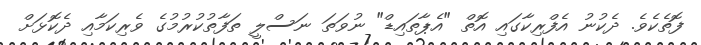
ފޮތެކެވެ. ދެކުނު އެފްރިކާގައި އޮތް "އެޕާތައިޑް" ނުވަތަ ނަސްލީ ތަފާތުކުރުމުގެ ވެރިކަމާއި ދެކޮޅަށް